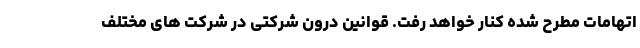
اتهامات مطرح شده کنار خواهد رفت. قوانین درون شرکتی در شرکت های مختلف